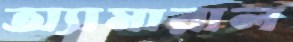
অ্যামারাল